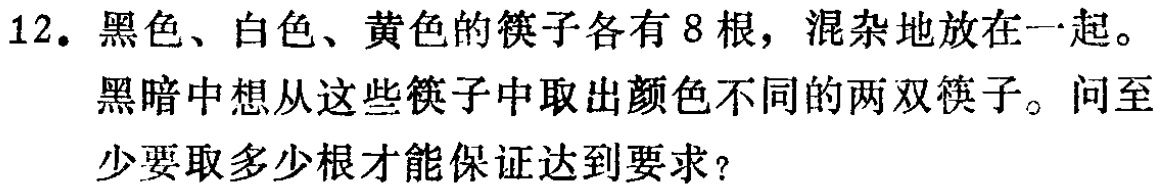
12. 黑色、白色、黄色的筷子各有 8 根，混杂地放在一起。

黑暗中想从这些筷子中取出颜色不同的两双筷子。问至

少要取多少根才能保证达到要求？